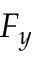
F _ { y }